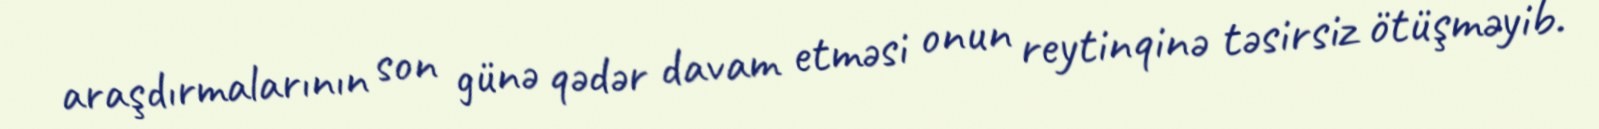
araşdırmalarının son günə qədər davam etməsi onun reytinqinə təsirsiz ötüşməyib.